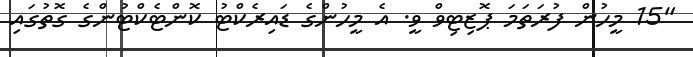
"15 މީހުން ފުރަތަމަ ޕޮޒިޓިވް ވީ. އެ މީހުންގެ ޑައިރެކްޓު ކޮންޓެކްޓުންގެ ގޮތުގައި